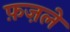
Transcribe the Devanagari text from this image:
फ़ज़ले